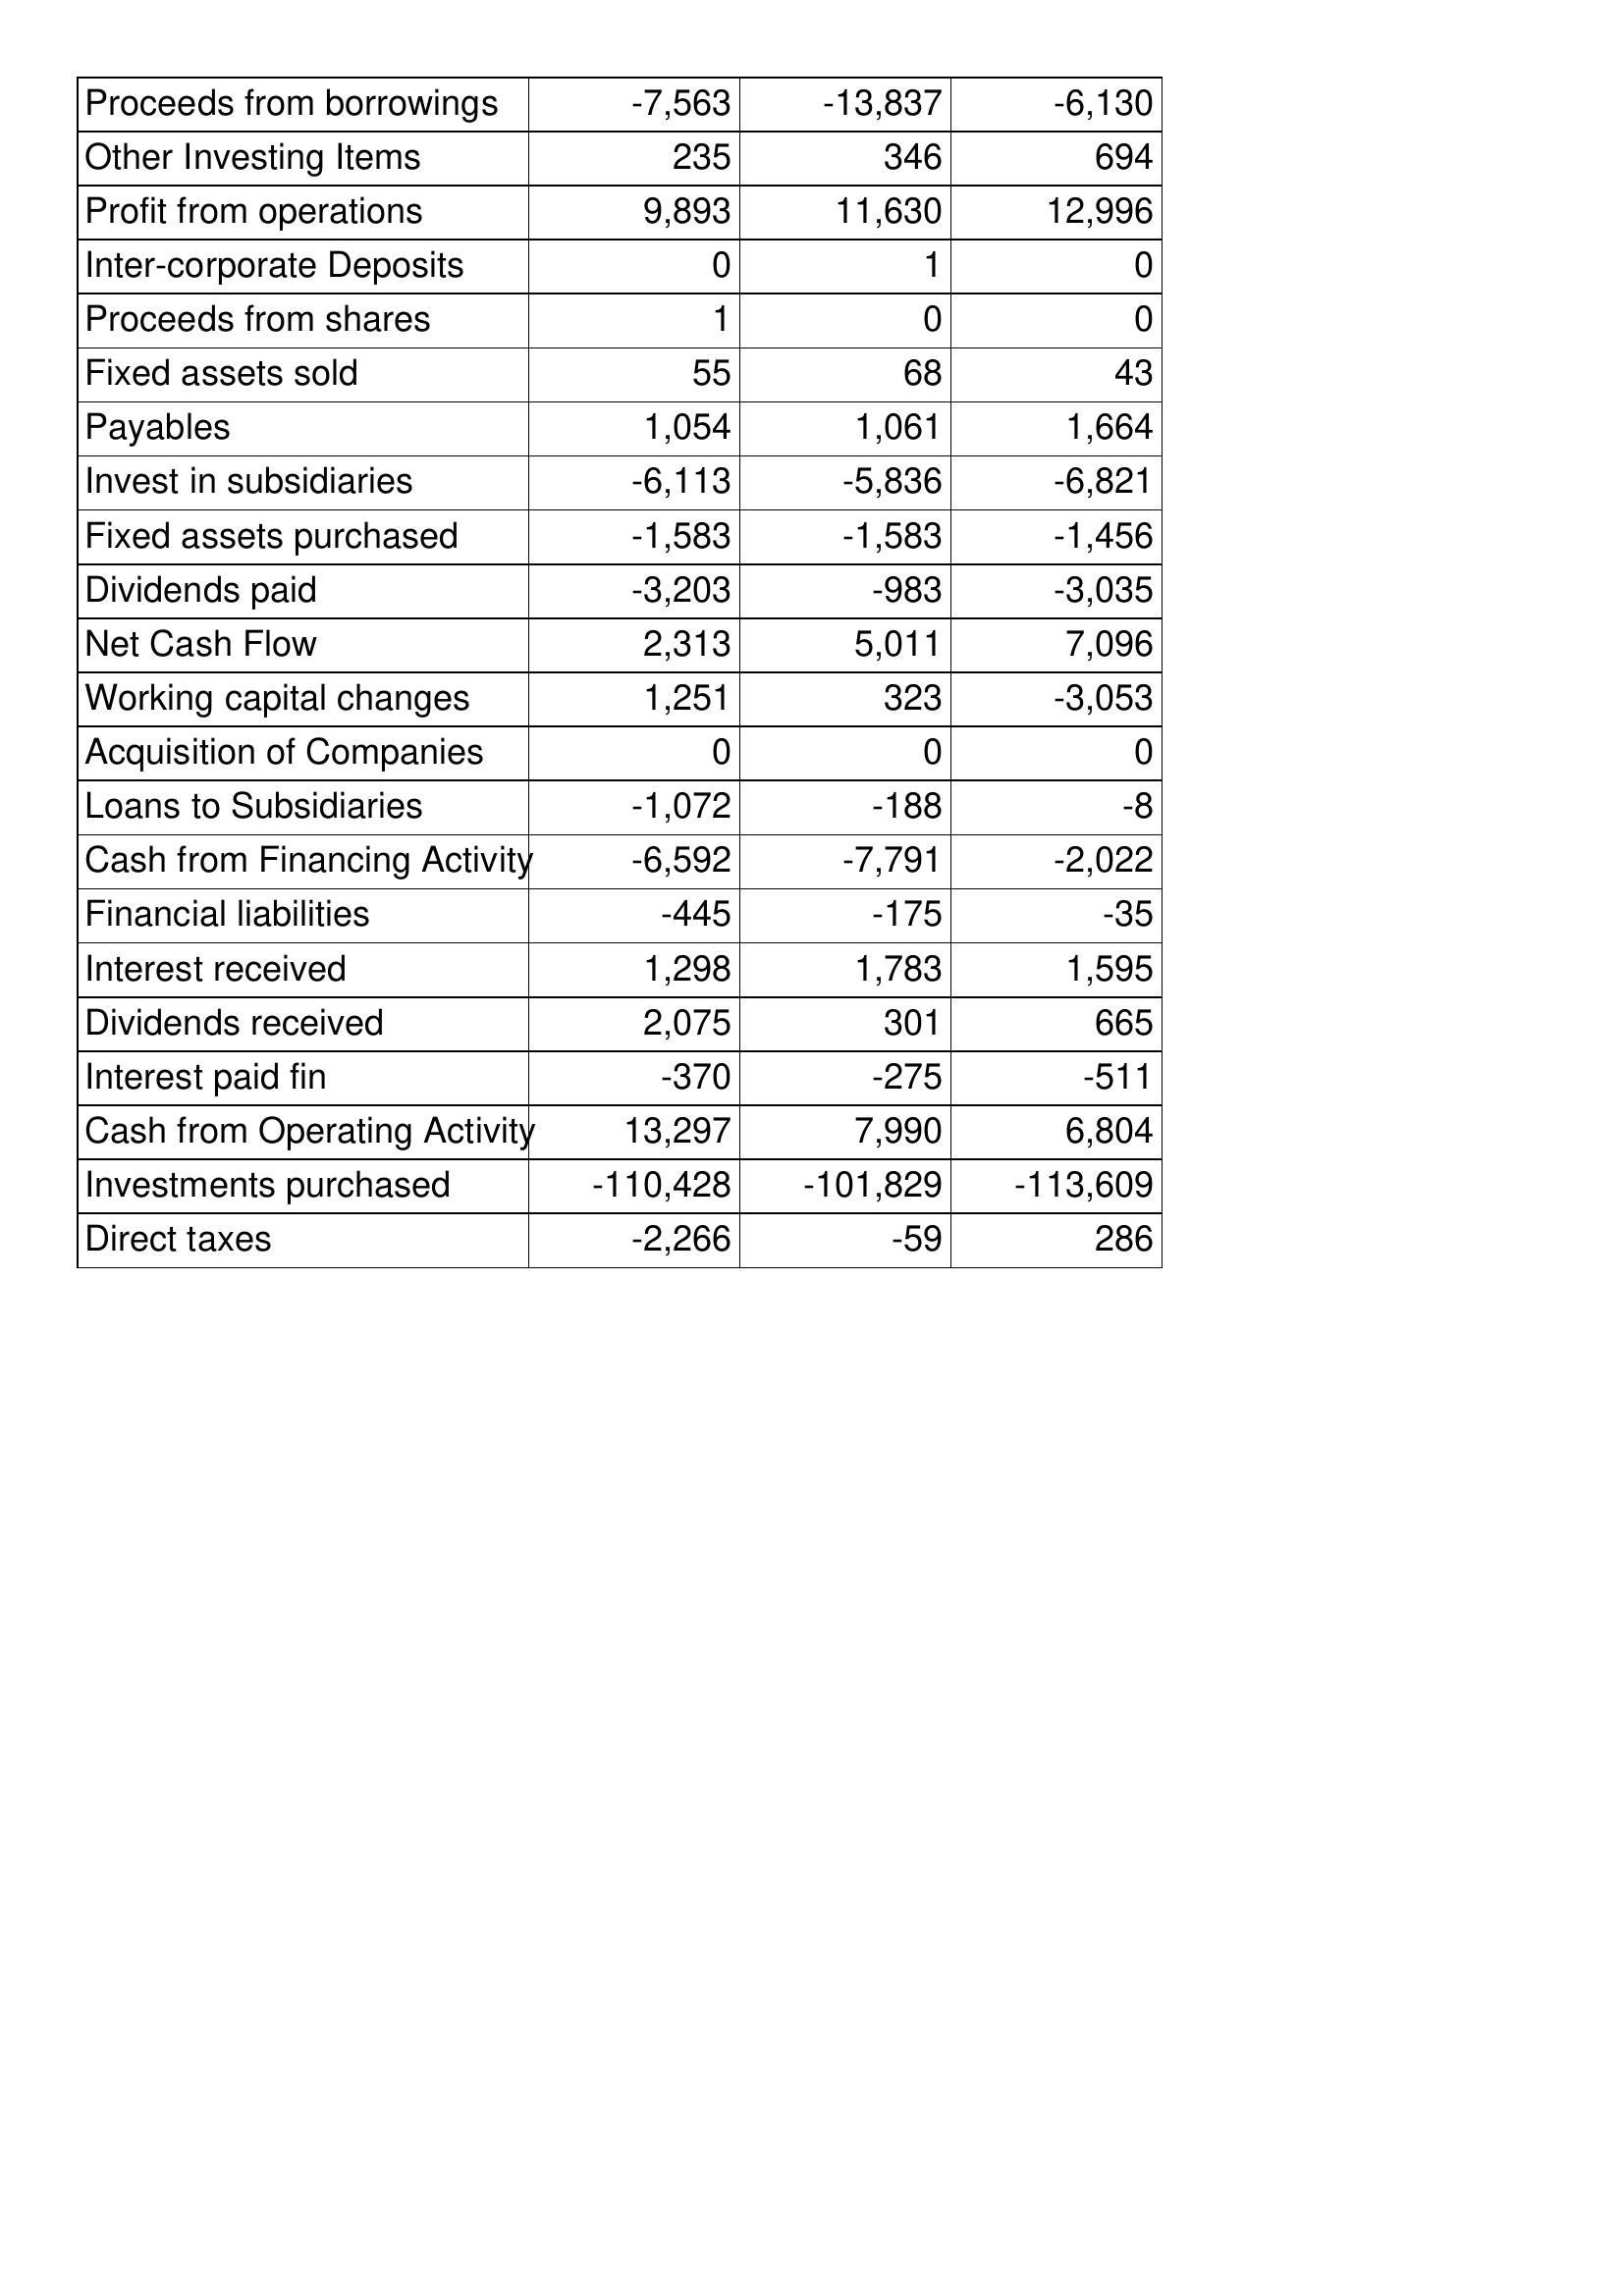
Apr-03: Cash Flows: Proceeds from borrowings: -7,563
Other Investing Items: 235
Profit from operations: 9,893
Inter-corporate Deposits: 0
Proceeds from shares: 1
Fixed assets sold: 55
Payables: 1,054
Invest in subsidiaries: -6,113
Fixed assets purchased: -1,583
Dividends paid: -3,203
Net Cash Flow: 2,313
Working capital changes: 1,251
Acquisition of Companies: 0
Loans to Subsidiaries: -1,072
Cash from Financing Activity: -6,592
Financial liabilities: -445
Interest received: 1,298
Dividends received: 2,075
Interest paid fin: -370
Cash from Operating Activity: 13,297
Investments purchased: -110,428
Direct taxes: -2,266
Apr-02: Cash Flows: Proceeds from borrowings: -13,837
Other Investing Items: 346
Profit from operations: 11,630
Inter-corporate Deposits: 1
Proceeds from shares: 0
Fixed assets sold: 68
Payables: 1,061
Invest in subsidiaries: -5,836
Fixed assets purchased: -1,583
Dividends paid: -983
Net Cash Flow: 5,011
Working capital changes: 323
Acquisition of Companies: 0
Loans to Subsidiaries: -188
Cash from Financing Activity: -7,791
Financial liabilities: -175
Interest received: 1,783
Dividends received: 301
Interest paid fin: -275
Cash from Operating Activity: 7,990
Investments purchased: -101,829
Direct taxes: -59
Apr-01: Cash Flows: Proceeds from borrowings: -6,130
Other Investing Items: 694
Profit from operations: 12,996
Inter-corporate Deposits: 0
Proceeds from shares: 0
Fixed assets sold: 43
Payables: 1,664
Invest in subsidiaries: -6,821
Fixed assets purchased: -1,456
Dividends paid: -3,035
Net Cash Flow: 7,096
Working capital changes: -3,053
Acquisition of Companies: 0
Loans to Subsidiaries: -8
Cash from Financing Activity: -2,022
Financial liabilities: -35
Interest received: 1,595
Dividends received: 665
Interest paid fin: -511
Cash from Operating Activity: 6,804
Investments purchased: -113,609
Direct taxes: 286